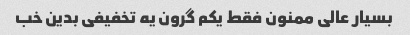
بسیار عالی ممنون فقط یکم گرون یه تخفیفی بدین خب